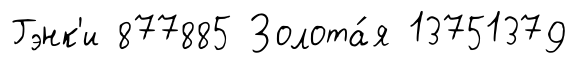
Гэнк'и 877885 Золота́я 13751379